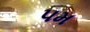
પમ